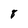
Character: 8